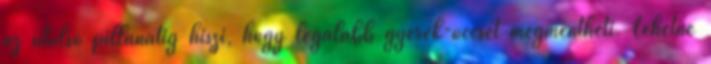
az utolsó pillanatig hiszi, hogy legalább gyerek-öccsét megmentheti. Lehetne